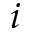
i